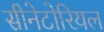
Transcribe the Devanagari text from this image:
सीनेटोरियल